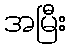
အမြီး